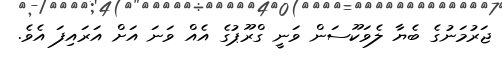
ޖަރުމަނުގެ ބެޔާ ލެވަކޫސަން ވަނީ ގްރޫޕުގެ އެއް ވަނަ އަށް އަރައިފަ އެވެ.